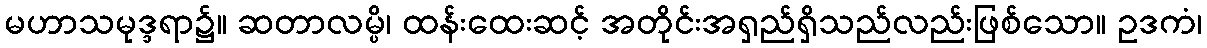
မဟာသမုဒ္ဒရာ၌။ ဆတာလမ္ပိ၊ ထန်းထေးဆင့် အတိုင်းအရှည်ရှိသည်လည်းဖြစ်သော။ ဥဒကံ၊